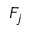
F _ { j }